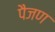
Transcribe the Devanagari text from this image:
पैजण